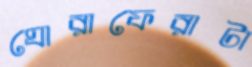
ঘোরাফেরাটা